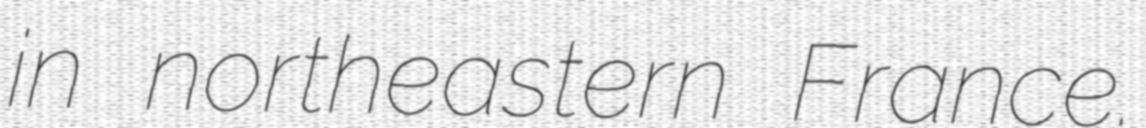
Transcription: in northeastern France.